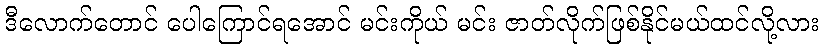
ဒီလောက်တောင် ပေါကြောင်ရအောင် မင်းကိုယ် မင်း ဇာတ်လိုက်ဖြစ်နိုင်မယ်ထင်လို့လား